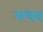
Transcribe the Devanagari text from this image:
मधव